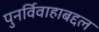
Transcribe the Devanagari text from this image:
पुनर्विवाहाबद्दल